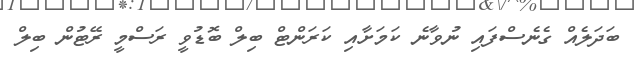
ބަދަލެއް ގެނެސްފައި ނުވާނެ ކަމަށާއި ކަރަންޓް ބިލްް ބޮޑުވީ ރަސްމީ ރޭޓުން ބިލް